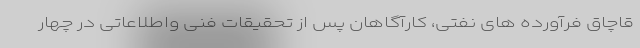
قاچاق فرآورده های نفتی، کارآگاهان پس از تحقیقات فنی واطلاعاتی در چهار